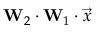
\mathbf { W } _ { 2 } \cdot \mathbf { W } _ { 1 } \cdot \Vec { x }